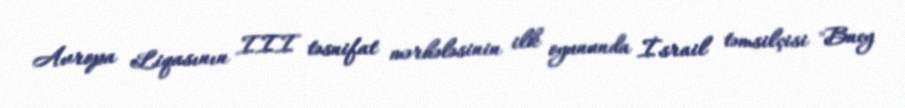
Avropa Liqasının III təsnifat mərhələsinin ilk oyununda İsrail təmsilçisi "Bney